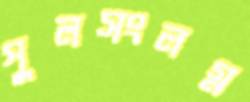
পুলসংলগ্ন